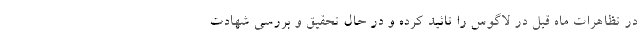
در تظاهرات ماه قبل در لاگوس را تائید کرده و در حال تحقیق و بررسی شهادت